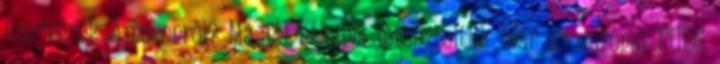
szerverek Amazonról? Másfél hónapja leteszteltük már az európai PUBG